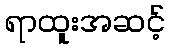
ရာထူးအဆင့်